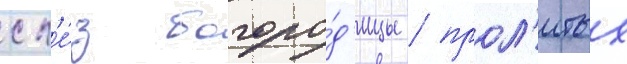
сл'е́з богоро́д'ицы / прол'итых